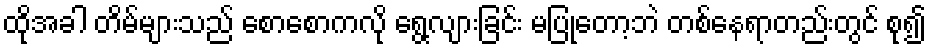
ထိုအခါ တိမ်များသည် စောစောကလို ရွေ့လျားခြင်း မပြုတော့ဘဲ တစ်နေရာတည်းတွင် စု၍